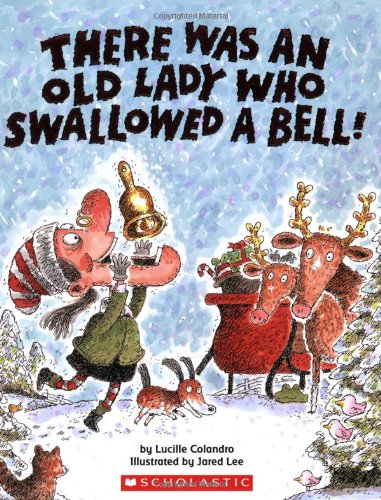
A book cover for There Was an Old Lady Who Swallowed a Bell!; Lucille Colandro; Children's Books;